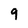
Character: 9